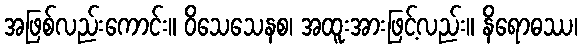
အဖြစ်လည်းကောင်း။ ဝိသေသေနစ၊ အထူးအားဖြင့်လည်း။ နိရောဓဿ၊